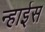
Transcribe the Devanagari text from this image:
न्हाईस